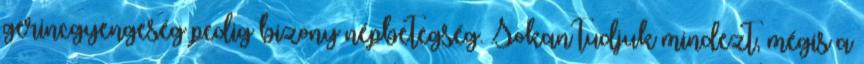
gerincgyengeség pedig bizony népbetegség. Sokan tudjuk mindezt, mégis a